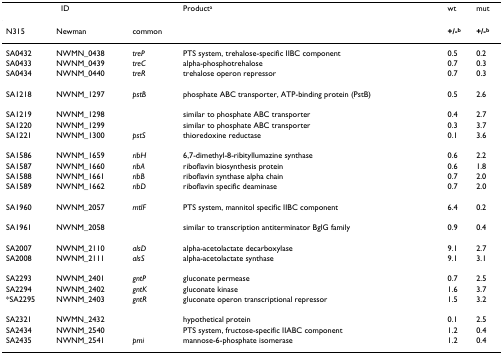
| <COLSPAN=2> ID |  | Producta | wt | mut |
 | N315 | Newman | common |  | +/-b | +/-b |
 | --- | --- | --- | --- | --- | --- |
 | SA0432 | NWMN_0438 | treP | PTS system, trehalose-specific IIBC component | 0.5 | 0.2 |
 | SA0433 | NWNM_0439 | treC | alpha-phosphotrehalose | 0.7 | 0.3 |
 | SA0434 | NWNM_0440 | treR | trehalose operon repressor | 0.7 | 0.3 |
 | SA1218 | NWNM_1297 | pstB | phosphate ABC transporter, ATP-binding protein (PstB) | 0.5 | 2.6 |
 | SA1219 | NWNM_1298 |  | similar to phosphate ABC transporter | 0.4 | 2.7 |
 | SA1220 | NWNM_1299 |  | similar to phosphate ABC transporter | 0.3 | 3.7 |
 | SA1221 | NWNM_1300 | pstS | thioredoxine reductase | 0.1 | 3.6 |
 | SA1586 | NWNM_1659 | ribH | 6,7-dimethyl-8-ribityllumazine synthase | 0.6 | 2.2 |
 | SA1587 | NWNM_1660 | ribA | riboflavin biosynthesis protein | 0.6 | 1.8 |
 | SA1588 | NWNM_1661 | ribB | riboflavin synthase alpha chain | 0.7 | 2.0 |
 | SA1589 | NWNM_1662 | ribD | riboflavin specific deaminase | 0.7 | 2.0 |
 | SA1960 | NWNM_2057 | mtlF | PTS system, mannitol specific IIBC component | 6.4 | 0.2 |
 | SA1961 | NWNM_2058 |  | similar to transcription antiterminator BglG family | 0.9 | 0.4 |
 | SA2007 | NWNM_2110 | alsD | alpha-acetolactate decarboxylase | 9.1 | 2.7 |
 | SA2008 | NWNM_2111 | alsS | alpha-acetolactate synthase | 9.1 | 3.1 |
 | SA2293 | NWNM_2401 | gntP | gluconate permease | 0.7 | 2.5 |
 | SA2294 | NWNM_2402 | gntK | gluconate kinase | 1.6 | 3.7 |
 | *SA2295 | NWNM_2403 | gntR | gluconate operon transcriptional repressor | 1.5 | 3.2 |
 | SA2321 | NWMN_2432 |  | hypothetical protein | 0.1 | 2.5 |
 | SA2434 | NWNM_2540 |  | PTS system, fructose-specific IIABC component | 1.2 | 0.4 |
 | SA2435 | NWNM_2541 | pmi | mannose-6-phosphate isomerase | 1.2 | 0.4 |